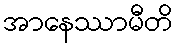
အာနေဿာမီတိ